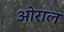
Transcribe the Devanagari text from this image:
ओराल